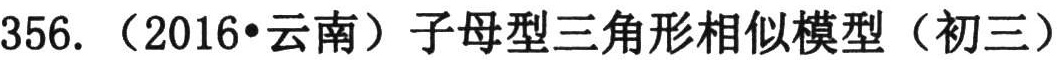
356. （2016•云南）子母型三角形相似模型（初三）